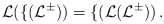
\begin{align*}\cal L(f(L^\Sigma)) = f(\cal L(L^\Sigma)) \, .\end{align*}